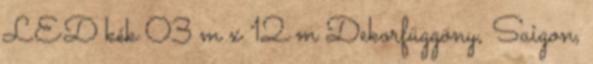
LED kék 03 m x 12 m Dekorfüggöny, Saigon,